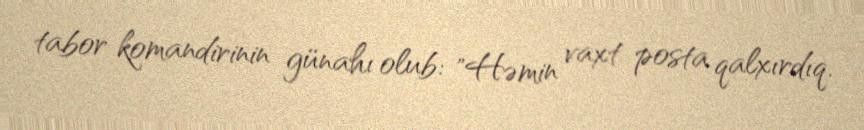
tabor komandirinin günahı olub: "Həmin vaxt posta qalxırdıq.